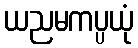
ယညမကပ္ပယုံ